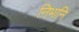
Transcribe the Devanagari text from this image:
निभानि